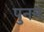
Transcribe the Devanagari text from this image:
पुनन